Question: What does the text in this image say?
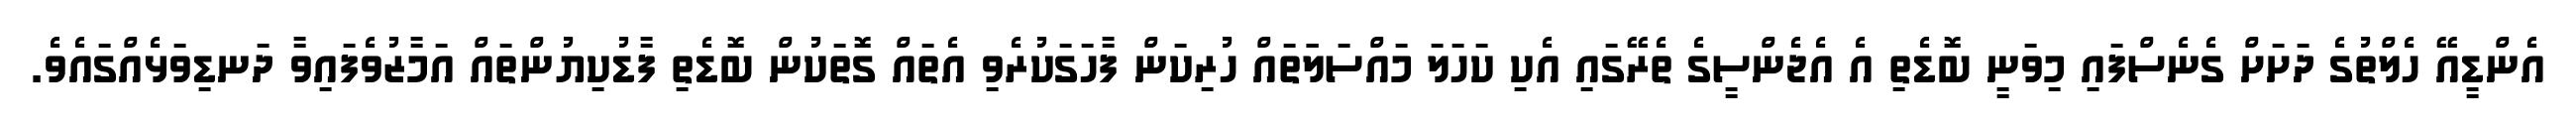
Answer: އެންޑީއޭ ހެލްތުގެ ދަށަށް ގެނެސްފައި މިވަނީ ބޮޑެތި އެ އެޖެންސީގެ ތެރޭގައި އެކި ކަހަލަ މައްސަލަަތައް ހުރިކަން ފާހަގަކުރެވި އެތައް ގޮތަކުން ބޮޑެތި ފާޑުކިޔުންތައް އަމާޒުވެފައިވާ ދަނޑިވަޅެއްގައެވެ.